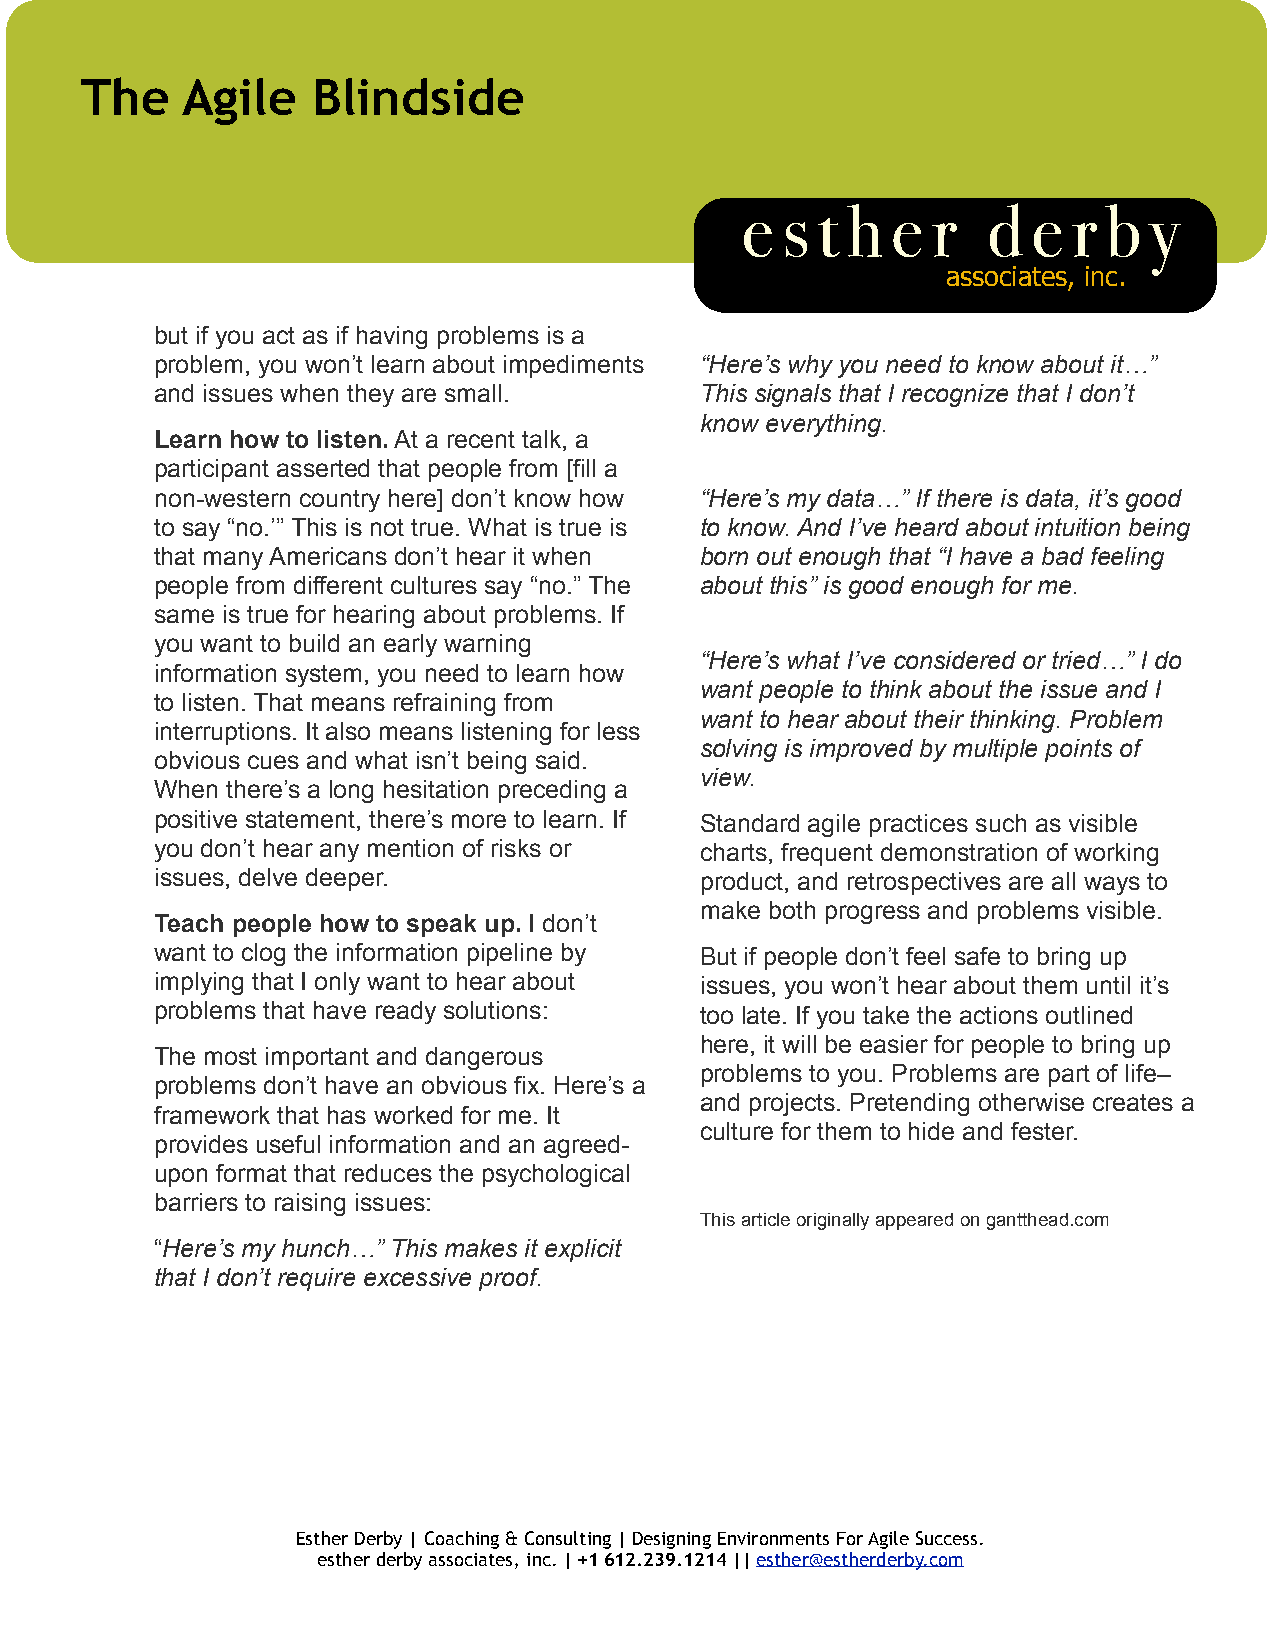
The    Agile    Blindside
 e  s t h  e  r  d  e  r b  y
 associates, inc.
 but if you act as if having problems is a
 problem, you won’t learn about impediments “Here’s why you need to know about it…”
 and issues when they are small.     This signals that I recognize that I don’t
 know everything.
 Learn how to listen. At a recent talk, a
 participant asserted that people from [fill a
 non-western country here] don’t know how “Here’s my data…” If there is data, it’s good
 to say “no.’” This is not true. What is true is to know. And I’ve heard about intuition being
 that many Americans don’t hear it when born out enough that “I have a bad feeling
 people from different cultures say “no.” The about this” is good enough for me.
 same is true for hearing about problems. If
 you want to build an early warning
 “Here’s what I’ve considered or tried…” I do
 information system, you need to learn how
 want people to think about the issue and I
 to listen. That means refraining from
 want to hear about their thinking. Problem
 interruptions. It also means listening for less
 solving is improved by multiple points of
 obvious cues and what isn’t being said.
 view.
 When there’s a long hesitation preceding a
 positive statement, there’s more to learn. If Standard agile practices such as visible
 you don’t hear any mention of risks or charts, frequent demonstration of working
 issues, delve deeper.               product, and retrospectives are all ways to
 make both progress and problems visible.
 Teach people how to speak up. I don’t
 want to clog the information pipeline by But if people don’t feel safe to bring up
 implying that I only want to hear about issues, you won’t hear about them until it’s
 problems that have ready solutions: too late. If you take the actions outlined
 here, it will be easier for people to bring up
 The most important and dangerous
 problems to you. Problems are part of life–
 problems don’t have an obvious fix. Here’s a
 and projects. Pretending otherwise creates a
 framework that has worked for me. It
 culture for them to hide and fester.
 provides useful information and an agreed-
 upon format that reduces the psychological
 barriers to raising issues:
 This article originally appeared on gantthead.com
 “Here’s my hunch…” This makes it explicit
 that I don’t require excessive proof.
 Esther Derby | Coaching & Consulting | Designing Environments For Agile Success.
 esther derby associates, inc. | +1 612.239.1214 || esther@estherderby.com